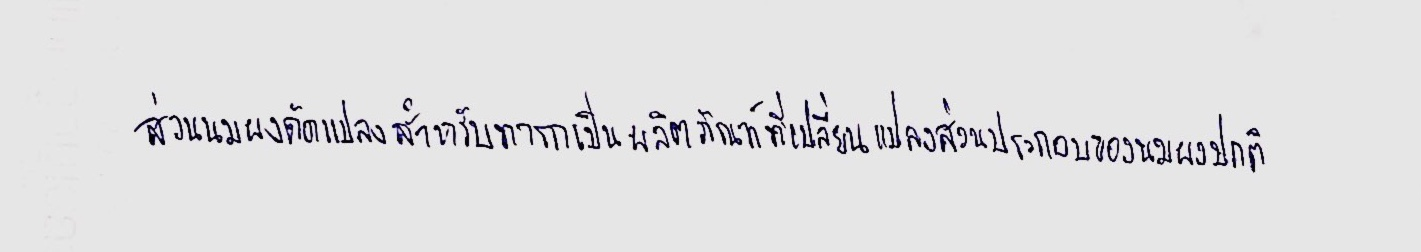
ส่วนนมผงดัดแปลงสำหรับทารกเป็นผลิตภัณฑ์ที่เปลี่ยนแปลงส่วนประกอบของนมผงปกติ